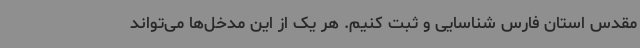
مقدس استان فارس شناسایی و ثبت کنیم. هر یک از این مدخل‌ها می‌تواند